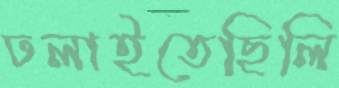
ঢলাইতেছিলি